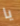
يا